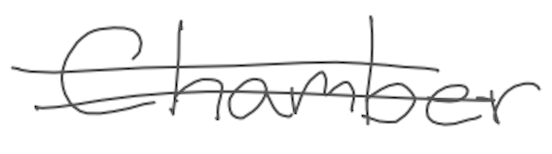
Text: Chamber
Cross-out: double-line
Writing tool: digital_gray